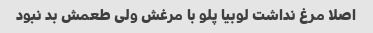
اصلا مرغ نداشت لوبیا پلو با مرغش ولی طعمش بد نبود